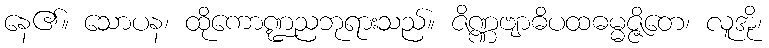
နေ၏။ သောပန၊ ထိုကောဏ္ဍညဘုရားသည်။ ဇိဏ္ဏဗျာဓိပထဓမ္မဇ္ဇိတေ၊ လူအို၊